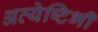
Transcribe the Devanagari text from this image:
अत्येष्टिभी